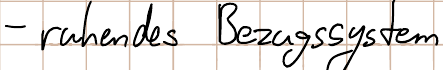
- ruhendes Bezugssystem